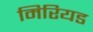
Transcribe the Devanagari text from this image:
मिरियड